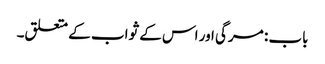
باب : مرگی اور اس کے ثواب کے متعلق۔